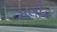
મલીક